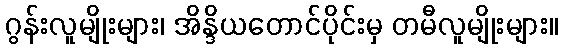
ဂွန်းလူမျိုးများ၊ အိန္ဒိယတောင်ပိုင်းမှ တမီလူမျိုးများ။